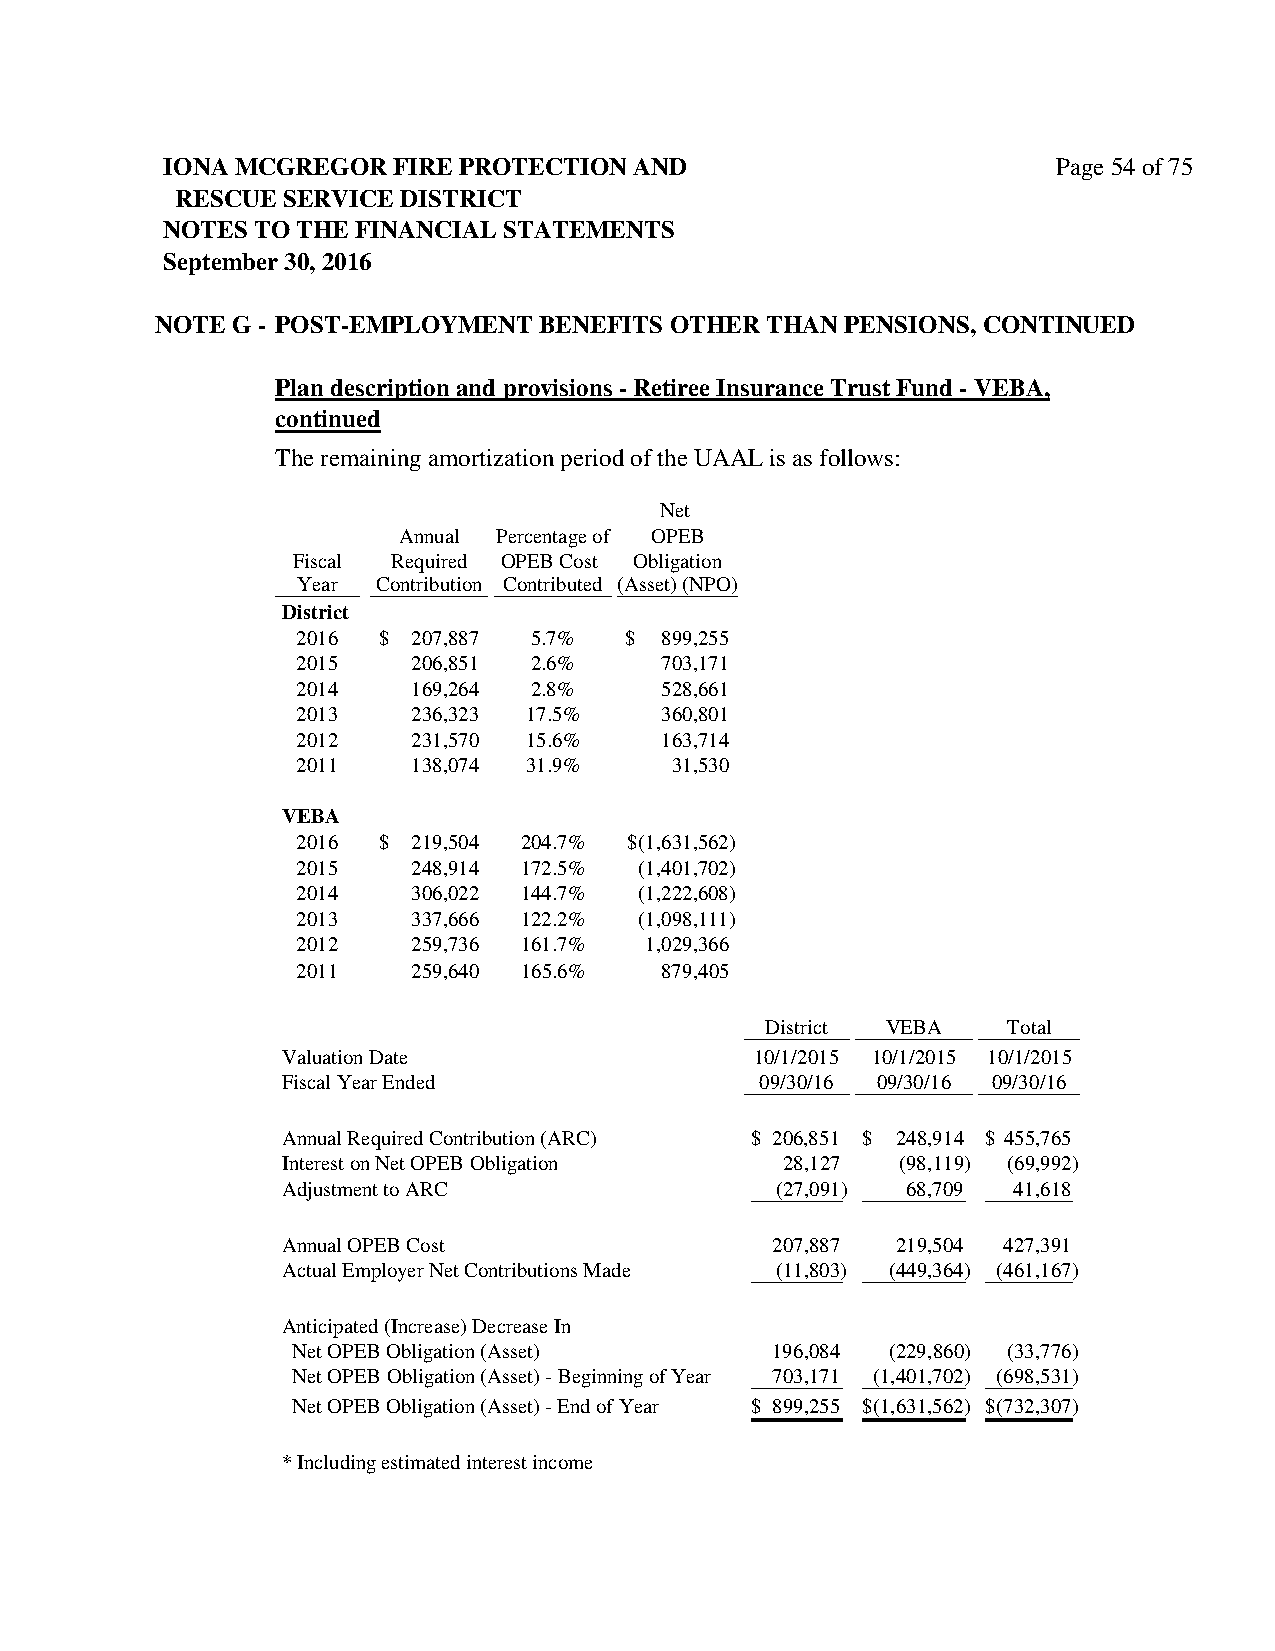
IONA MCGREGOR  FIRE PROTECTION AND                         Page 54 of 75
 RESCUE SERVICE DISTRICT
 NOTES TO THE FINANCIAL STATEMENTS
 September 30, 2016
 NOTE G - POST-EMPLOYMENT  BENEFITS OTHER THAN PENSIONS, CONTINUED
 Plan description and provisions - Retiree Insurance Trust Fund - VEBA,
 continued
 The remaining amortization period of the UAAL is as follows:
 Net
 Annual Percentage of OPEB
 Fiscal Required OPEB Cost Obligation
 Year Contribution Contributed (Asset) (NPO)
 District
 2016 $ 207,887 5.7%  $  8 99,255
 2015   206,851 2.6%     7 03,171
 2014   169,264 2.8%     5 28,661
 2013   236,323 17.5%    3 60,801
 2012   231,570 15.6%    1 63,714
 2011   138,074 31.9%    3 1,530
 VEBA
 2016 $ 219,504 204.7% $ (1,631,562)
 2015   248,914 172.5% (1,401,702)
 2014   306,022 144.7% (1,222,608)
 2013   337,666 122.2% (1,098,111)
 2012   259,736 161.7%  1 ,029,366
 2011   259,640 165.6%   8 79,405
 District VEBA   Total
 Valuation Date                 10/1/2015 10/1/2015 10/1/2015
 Fiscal Year Ended              09/30/16 09/30/16 09/30/16
 Annual Required Contribution (ARC) $ 206,851 $ 248,914 $ 455,765
 Interest on Net OPEB Obligation  28,127  (98,119) (69,992)
 Adjustment to ARC               (27,091) 68,709 41,618
 Annual OPEB Cost                207,887 219,504 427,391
 Actual Employer Net Contributions Made (11,803) (449,364) (461,167)
 Anticipated (Increase) Decrease In
 Net OPEB Obligation (Asset)     196,084 (229,860) (33,776)
 Net OPEB Obligation (Asset) - Beginning of Year 703,171 (1,401,702) (698,531)
 Net OPEB Obligation (Asset) - End of Year $ 899,255 $ (1,631,562) $ (732,307)
 * Including estimated interest income